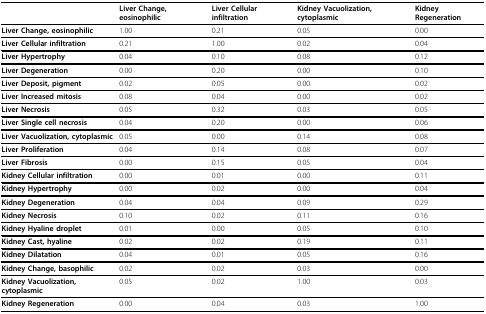
|  | Liver Change, eosinophilic | Liver Cellular infiltration | Kidney Vacuolization, cytoplasmic | Kidney Regeneration |
 | --- | --- | --- | --- | --- |
 | Liver Change, eosinophilic | 1.00 | 0.21 | 0.05 | 0.00 |
 | Liver Cellular infiltration | 0.21 | 1.00 | 0.02 | 0.04 |
 | Liver Hypertrophy | 0.04 | 0.10 | 0.08 | 0.12 |
 | Liver Degeneration | 0.00 | 0.20 | 0.00 | 0.10 |
 | Liver Deposit, pigment | 0.02 | 0.05 | 0.00 | 0.02 |
 | Liver Increased mitosis | 0.08 | 0.04 | 0.00 | 0.02 |
 | Liver Necrosis | 0.05 | 0.32 | 0.03 | 0.05 |
 | Liver Single cell necrosis | 0.04 | 0.20 | 0.00 | 0.06 |
 | Liver Vacuolization, cytoplasmic | 0.05 | 0.00 | 0.14 | 0.08 |
 | Liver Proliferation | 0.04 | 0.14 | 0.08 | 0.07 |
 | Liver Fibrosis | 0.00 | 0.15 | 0.05 | 0.04 |
 | Kidney Cellular infiltration | 0.00 | 0.01 | 0.00 | 0.11 |
 | Kidney Hypertrophy | 0.00 | 0.02 | 0.00 | 0.04 |
 | Kidney Degeneration | 0.04 | 0.04 | 0.09 | 0.29 |
 | Kidney Necrosis | 0.10 | 0.02 | 0.11 | 0.16 |
 | Kidney Hyaline droplet | 0.01 | 0.00 | 0.05 | 0.10 |
 | Kidney Cast, hyaline | 0.02 | 0.02 | 0.19 | 0.11 |
 | Kidney Dilatation | 0.04 | 0.01 | 0.05 | 0.16 |
 | Kidney Change, basophilic | 0.02 | 0.02 | 0.03 | 0.00 |
 | Kidney Vacuolization, cytoplasmic | 0.05 | 0.02 | 1.00 | 0.03 |
 | Kidney Regeneration | 0.00 | 0.04 | 0.03 | 1.00 |